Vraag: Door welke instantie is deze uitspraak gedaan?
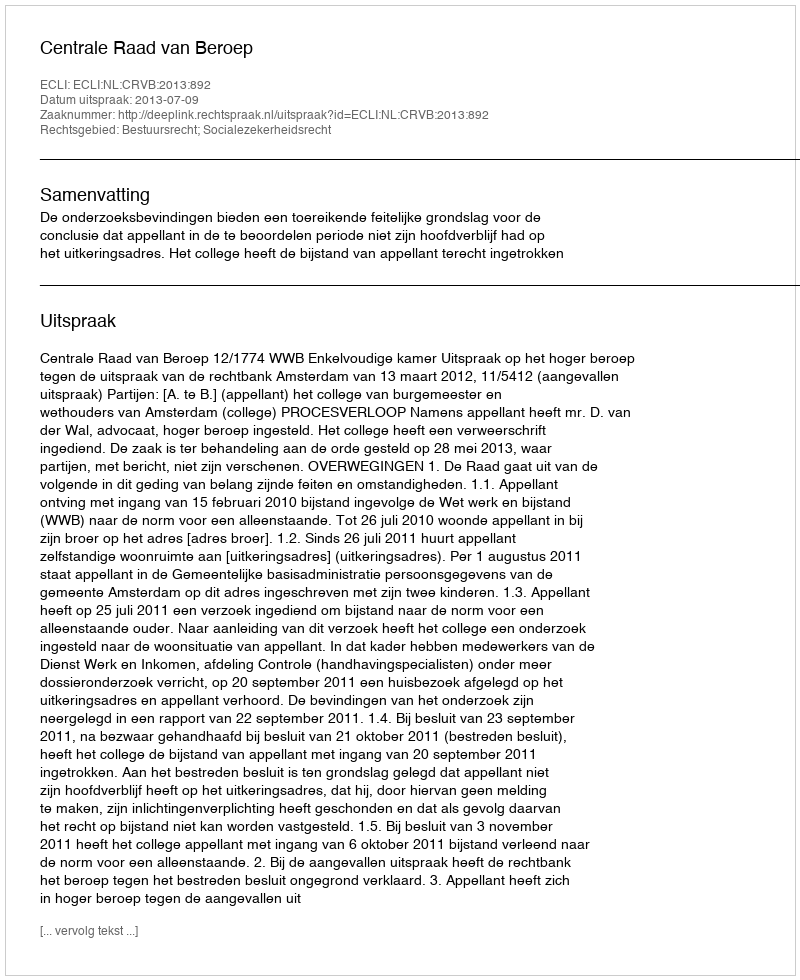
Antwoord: Centrale Raad van Beroep